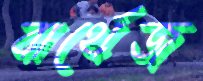
বার্থেজ